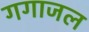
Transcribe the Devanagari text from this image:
गगाजल